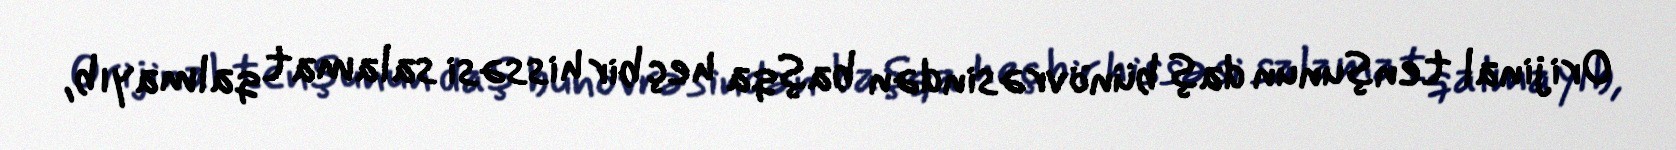
Orijinal tenşunun daş bünövrəsindən başqa heç bir hissəsi salamat qalmayıb,